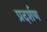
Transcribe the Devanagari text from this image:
प्रदर्शण